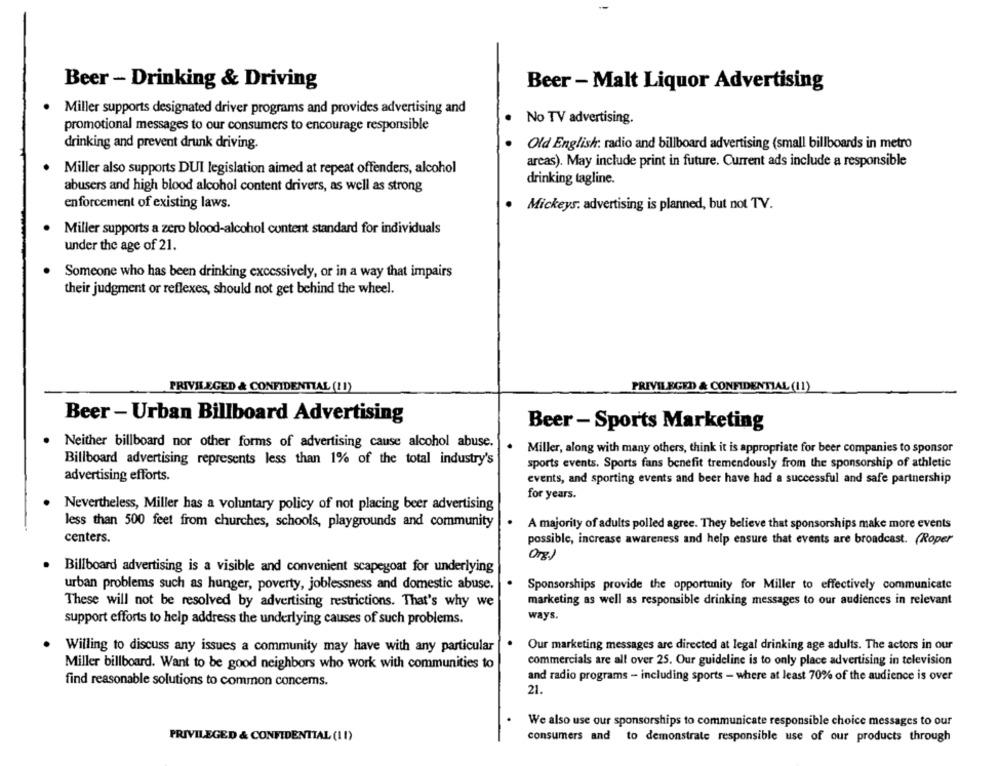
Beer - Drinking & Driving
Beer - Malt Liquor Advertising
. Miller supports designated driver programs and provides advertising and
No TV advertising.
promotional messages to our consumers to encourage responsible
drinking and prevent drunk driving.
Old English: radio and billboard advertising (small billboards in metro
areas). May include print in future. Current ads include a responsible
Miller also supports DUI legislation aimed at repeat offenders, alcohol
drinking tagline.
abusers and high blood alcohol content drivers, as well as strong
enforcement of existing laws.
Mickeys. advertising is planned, but not TV.
. Miller supports a zero blood-alcohol content standard for individuals
under the age of 21.
Someone who has been drinking excessively, or in a way that impairs
their judgment or reflexes, should not get behind the wheel.
PRIVILEGED & CONFIDENTIAL (11)
PRIVILEGED & CONFIDENTIAL (11)
Beer - Urban Billboard Advertising
Beer - Sports Marketing
. Neither billboard nor other forms of advertising cause alcohol abuse.
Miller, along with many others, think it is appropriate for beer companies to sponsor
Billboard advertising represents less than 1% of the total industry's
sports events. Sports fans benefit tremendously from the sponsorship of athletic
advertising efforts.
events, and sporting events and beer have had a successful and safe partnership
for years.
Nevertheless, Miller has a voluntary policy of not placing beer advertising
less than 500 feet from churches, schools, playgrounds and community
A majority of adults polled agree. They believe that sponsorships make more events
centers.
possible, increase awareness and help ensure that events are broadcast. (Roper
Org)
Billboard advertising is a visible and convenient scapegoat for underlying
urban problems such as hunger, poverty, joblessness and domestic abuse.
Sponsorships provide the opportunity for Miller to effectively communicate
These will not be resolved by advertising restrictions. That's why we
marketing as well as responsible drinking messages to our audiences in relevant
support efforts to help address the underlying causes of such problems.
ways.
Willing to discuss any issues a community may have with any particular
Our marketing messages are directed at legal drinking age adults. The actors in our
Miller billboard. Want to be good neighbors who work with communities to
commercials are all over 25. Our guideline is to only place advertising in television
find reasonable solutions to common concems.
and radio programs - including sports - where at least 70% of the audience is over
21.
We also use our sponsorships to communicate responsible choice messages to our
PRIVILEGED & CONFIDENTIAL (1 1)
consumers and to demonstrate responsible use of our products through